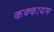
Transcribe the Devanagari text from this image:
कक्कायम